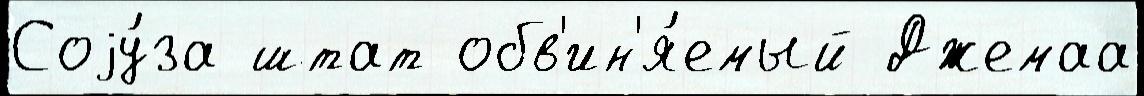
Соjу́за штат обв'ин'я́емый Джемаа